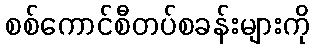
စစ်ကောင်စီတပ်စခန်းများကို